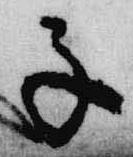
子